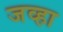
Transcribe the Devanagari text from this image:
जव्हा